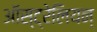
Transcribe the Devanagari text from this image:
ऑस्ट्रेलियन्